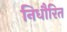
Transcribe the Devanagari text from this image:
निधौरित